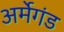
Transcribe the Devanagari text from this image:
अर्मेगंड